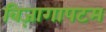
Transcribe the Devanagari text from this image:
विज़ागापटम